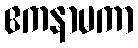
ဧကနာမကာ